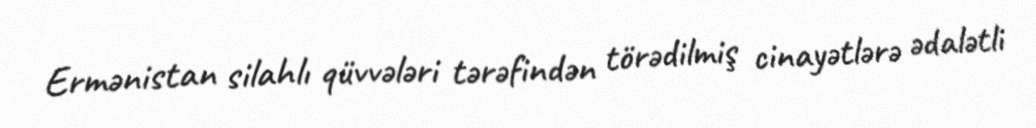
Ermənistan silahlı qüvvələri tərəfindən törədilmiş cinayətlərə ədalətli